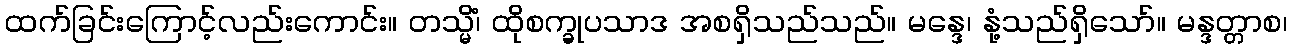
ထက်ခြင်းကြောင့်လည်းကောင်း။ တသ္မိံ၊ ထိုစက္ခုပသာဒ အစရှိသည်သည်။ မန္ဒေ၊ နုံ့သည်ရှိသော်။ မန္ဒတ္တာစ၊